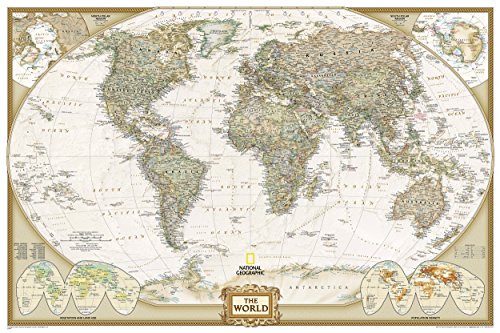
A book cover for World Executive Poster Sized Wall Map (Tubed World Map) (National Geographic Reference Map); National Geographic Maps - Reference; Reference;